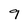
Character: 9